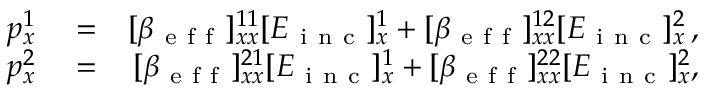
\begin{array} { r l r } { p _ { x } ^ { 1 } } & { { } = } & { [ \beta _ { \mathrm { ~ e ~ f ~ f ~ } } ] _ { x x } ^ { 1 1 } [ E _ { \mathrm { ~ i ~ n ~ c ~ } } ] _ { x } ^ { 1 } + [ \beta _ { \mathrm { ~ e ~ f ~ f ~ } } ] _ { x x } ^ { 1 2 } [ E _ { \mathrm { ~ i ~ n ~ c ~ } } ] _ { x } ^ { 2 } \, , } \\ { p _ { x } ^ { 2 } } & { { } = } & { [ \beta _ { \mathrm { ~ e ~ f ~ f ~ } } ] _ { x x } ^ { 2 1 } [ E _ { \mathrm { ~ i ~ n ~ c ~ } } ] _ { x } ^ { 1 } + [ \beta _ { \mathrm { ~ e ~ f ~ f ~ } } ] _ { x x } ^ { 2 2 } [ E _ { \mathrm { ~ i ~ n ~ c ~ } } ] _ { x } ^ { 2 } , } \end{array}